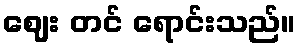
ဈေး တင် ရောင်းသည်။